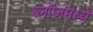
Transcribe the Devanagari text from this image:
ब्लॉजमध्ये